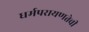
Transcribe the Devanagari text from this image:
धर्मपरायणतेची